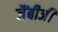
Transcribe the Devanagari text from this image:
जैंबीजी